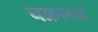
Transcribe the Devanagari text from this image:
चक्राब्ज